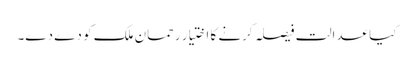
کیا عدالت فیصلہ کرنے کا اختیار رحمان ملک کو دے دے۔